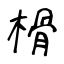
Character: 榾